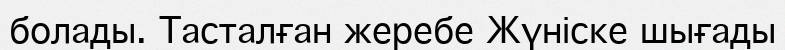
болады. Тасталған жеребе Жүніске шығады